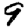
Digit: 9